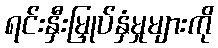
ရင်းနှီးမြှုပ်နှံမှုများကို